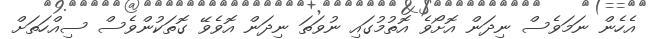
އެހެން ނަމަވެސް ނިދަން އޮށޯވެ އޮތުމުގައި ނުވަތަ ނިދަން އޮވެވޭ ގޮތަކުންވެސް ސިއްހަތަށް